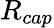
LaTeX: R_{cap}